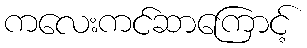
ကလေးကင်ဆာကြောင့်